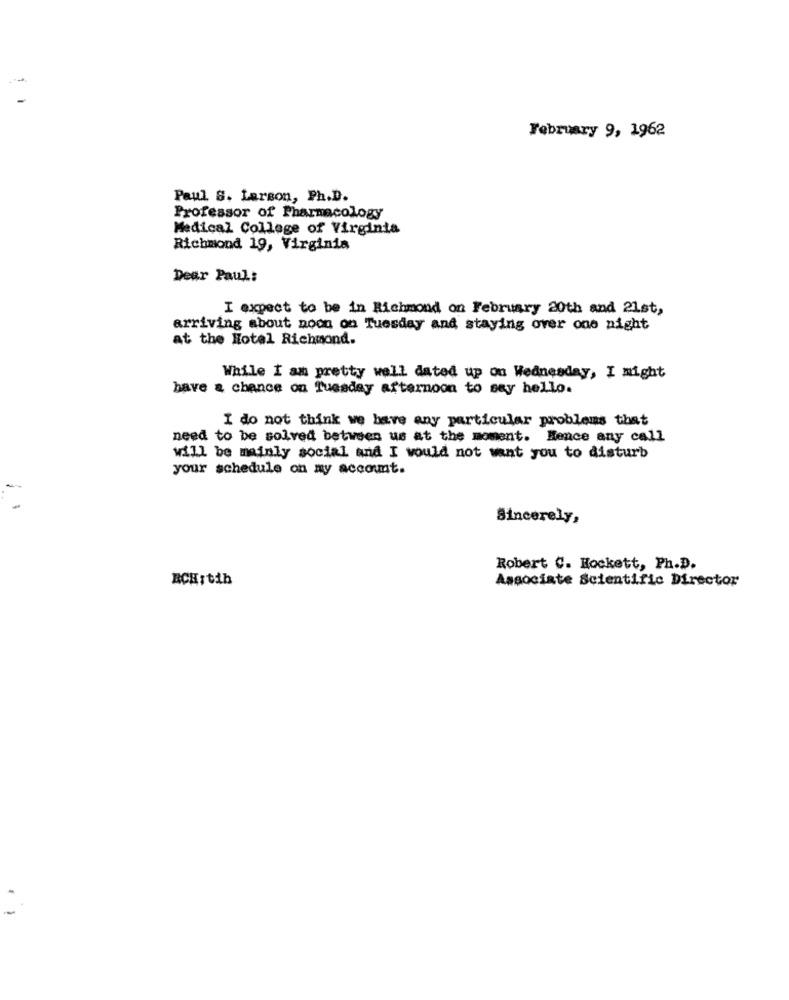
February 9, 1962
Paul S. Larson, Ph.D.
Professor of Pharmacology
Medical College of Virginia
Richmond 19, Virginia
Dear Paul:
I expect to be in Richmond on February 20th and 21st,
arriving about noon on Tuesday and staying over one night
at the Hotel Richmond.
While I am pretty well dated up on Wednesday, I might
have a chance on Tuesday afternoon to say hello.
I do not think we have any particular problems that
need to be solved between us at the moment. Hence any call
will be mainly social and I would not want you to disturb
your schedule on my account.
Sincerely,
Robert C. Hockett, Ph.D.
BCH:tih
Associate Scientific Director
-